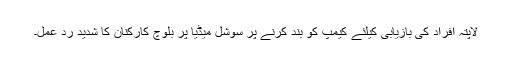
لاپتہ افراد کی بازیابی کیلئے کیمپ کو بند کرنے پر سوشل میڈیا پر بلوچ کارکنان کا شدید رد عمل۔